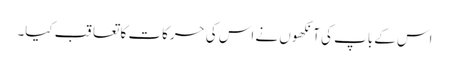
اس کے باپ کی آنکھوں نے اس کی حرکات کا تعاقب کیا۔